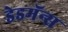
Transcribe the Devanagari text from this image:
डेडमॅन्स